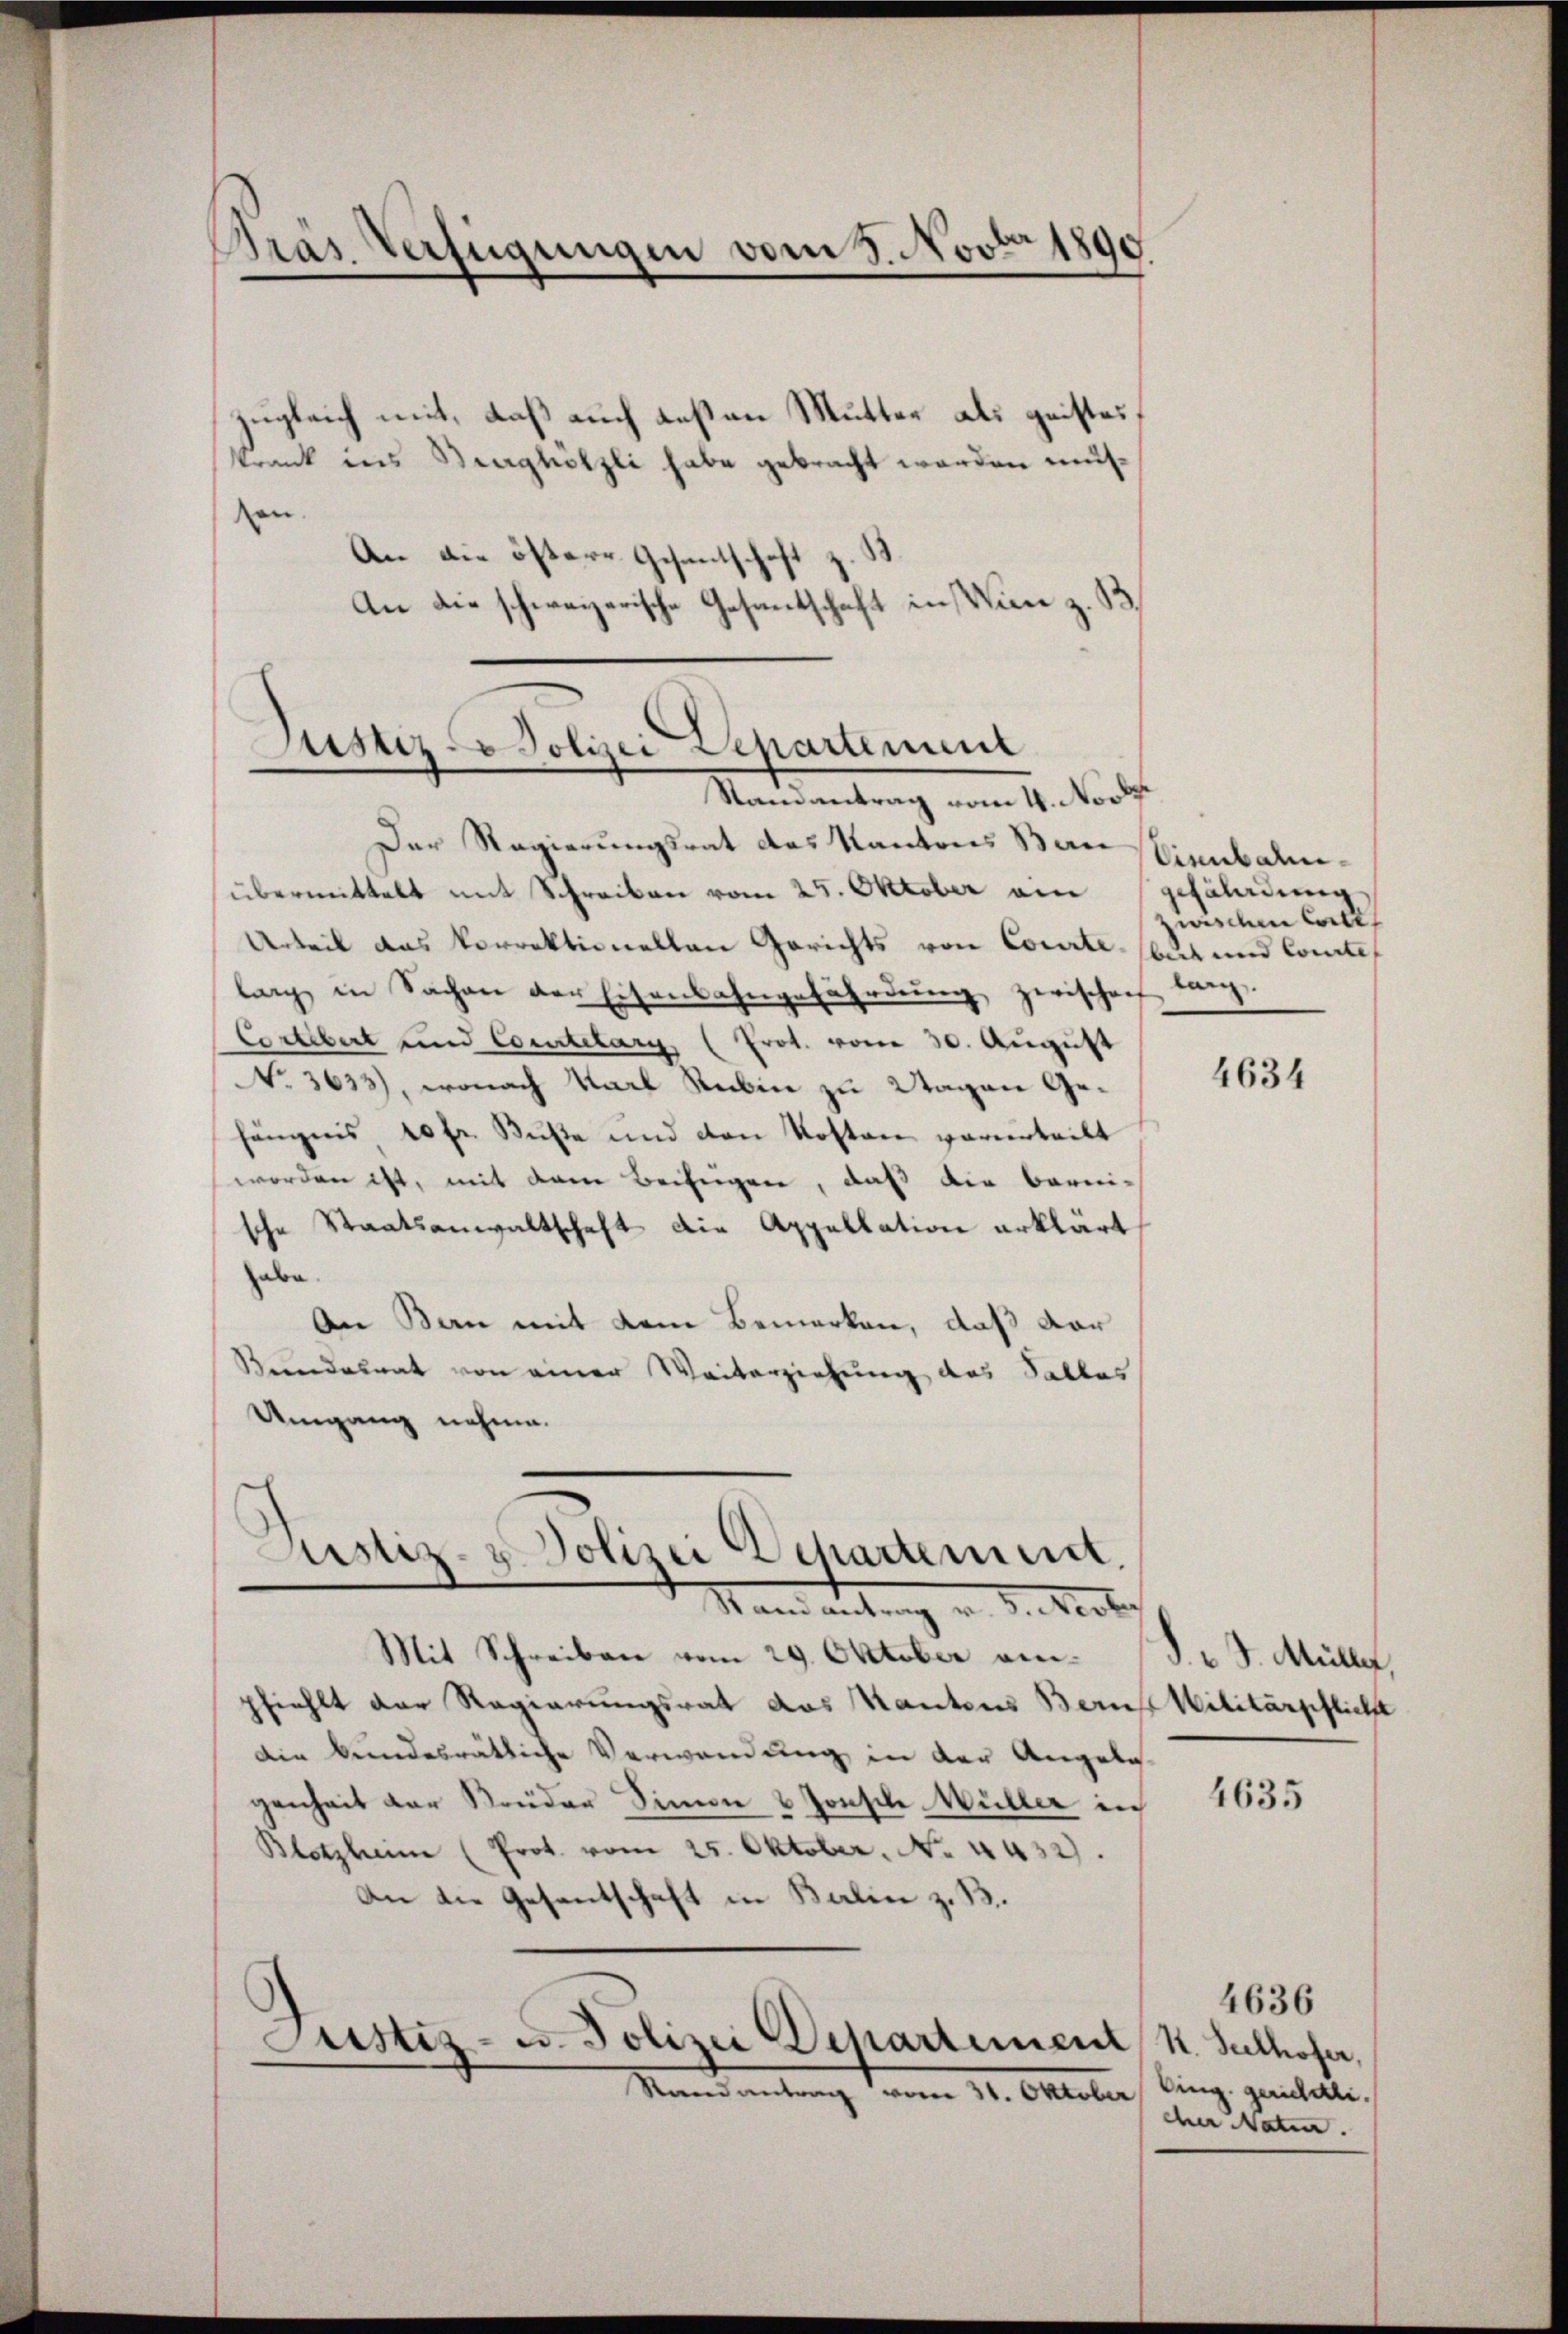
Pras Verfügungen vom 8. Novbr 1890.

zugleich mit, daß auch deßen Mutter als geistes
krank ins Braghölzli habe gebracht werden müsen
An die östere Gesantschaft
An die schweizerische Gesandtschaft in Wien z. B.

Der Regierungsrat des Kantons San sienbahnübermittelt mit Schreiben vom 25. Oktober am
Urteil das Vorrektionellen Gerichts von Courte, sous und Comite
lang in Sachen der Eisenbahngefährdŭng zwischof lang.
Corlibet und Comtelary (Prot. vom 30. August
NNo. 3633), wonach Karl Rubin zu Wagen Gehängnis 10 fr. Buße und den Kosten verurteilt
worden ist, mit dem Beifügen, daß die Berni-
sche Staatsanwaltschaft die Appellation erklärt,
abe
An Bern mit dem Bemerken, daß dar
Bundesrat von einer Weiterziehung des Salles
Umgang nehme.
Justiz- u. Polizei Departement.

E
Justiz - Polizei Departement
Randantrag vom 4. Nov.

Stand antrag v. d. Rector
Mit Schreiben vom 29. Oktober anpfiehlt der Regierungsrat das Kantons Berufs Militärpflicht
Die bundesrätliche Verwendung in der Angele-
genheit der Brüder Simon & Jonsile Müller in
Blotzheim (Prot. vom 25. Oktober. No. 4432).
An die Gesantschaft in Balin z. B.
Justiz- u. Polizei Departement St. Sulhofer,
en 31. Oktober

gefährdung
wischen Corte

4634

1 J. Müller

4635

Cing. gerichtli
eher Natur.

4636